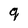
Character: g